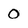
Character: 0